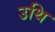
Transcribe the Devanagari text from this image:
उथि